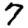
Digit: 7